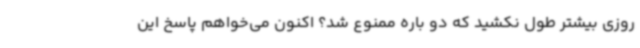
روزی بیشتر طول نکشید که دو باره ممنوع شد؟ اکنون می‌خواهم پاسخ این